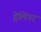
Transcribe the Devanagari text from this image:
ड्रेलिंगर